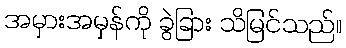
အမှားအမှန်ကို ခွဲခြား သိမြင်သည်။